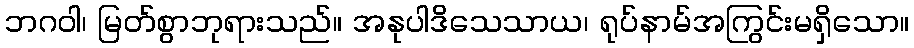
ဘဂဝါ၊ မြတ်စွာဘုရားသည်။ အနုပါဒိသေသာယ၊ ရုပ်နာမ်အကြွင်းမရှိသော။